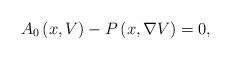
LaTeX: \begin{align*}A_{0}\left( x,V\right) -P\left( x,\nabla V\right) =0, \end{align*}